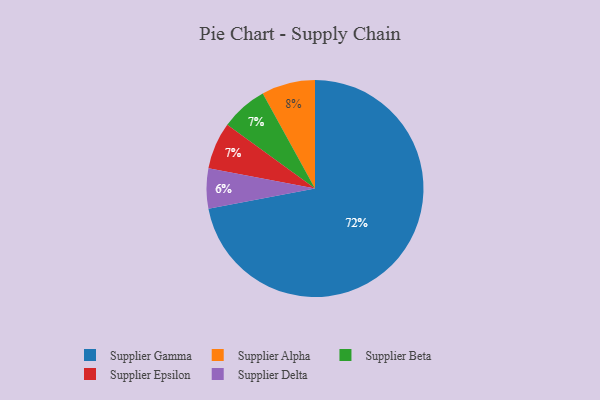
{"axis": {"x": "Category", "y": "Percentage"}, "legend": ["Supplier Alpha", "Supplier Beta", "Supplier Delta", "Supplier Epsilon", "Supplier Gamma"], "data": [{"x": "Supplier Delta", "y": 6, "type": "Supplier Delta"}, {"x": "Supplier Alpha", "y": 8, "type": "Supplier Alpha"}, {"x": "Supplier Beta", "y": 7, "type": "Supplier Beta"}, {"x": "Supplier Epsilon", "y": 7, "type": "Supplier Epsilon"}, {"x": "Supplier Gamma", "y": 72, "type": "Supplier Gamma"}]}